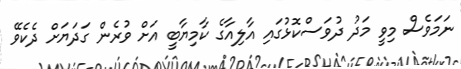
ނަމަވެސް މިވީ މަދު ދުވަސްކޮޅުގައި އާލިއާގެ ކާމިޔާބީ އަށް ވުރެން ގަދަޔަށް ދެކެވޭ